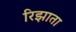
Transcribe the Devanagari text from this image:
रिझाता